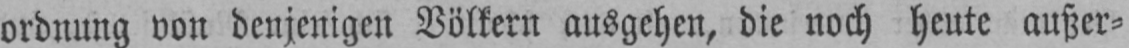
ordnung von denjenigen Völkern ausgehen, die noch heute außer⸗